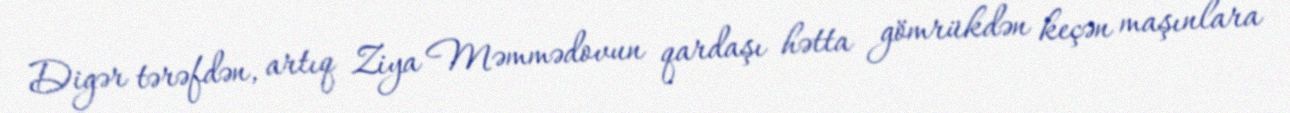
Digər tərəfdən, artıq Ziya Məmmədovun qardaşı hətta gömrükdən keçən maşınlara